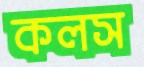
কলস